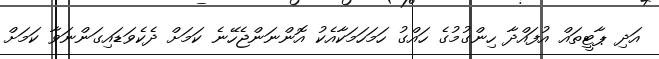
އަދި ޕާޓީތައް އުފައްދާ ހިންގުމުގެ ހައްގު ހަމަހަމަކާއެކު އޮންނަންޖެހޭނެ ކަމަށް ދެކެވަޑައިގަންނަވާ ކަމަށް